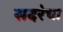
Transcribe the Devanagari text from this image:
सदरेचा